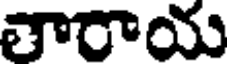
తారాయ